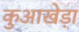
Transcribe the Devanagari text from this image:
कुआखेड़ा